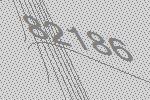
82186